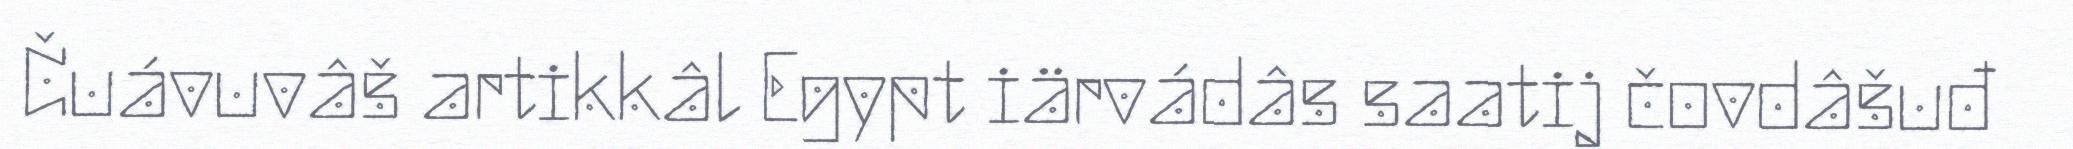
Čuávuvâš artikkâl Egypt iärvádâs saatij čovdâšuđ